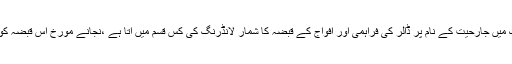
دوسرے ممالک میں جارحیت کے نام پر ڈالر کی فراہمی اور افواج کے قبضہ کا شمار لانڈرنگ کی کس قسم میں آتا ہے ،نجانے مورخ اس قبضہ کو کیا نام دے گا۔